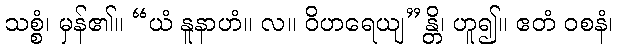
သစ္စံ၊ မှန်၏။ “ယံ နူနာဟံ။ လ။ ဝိဟရေယျ”န္တိ၊ ဟူ၍။ ဧတံ ဝစနံ၊